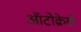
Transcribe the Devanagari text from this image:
ऑटोक्रेसी